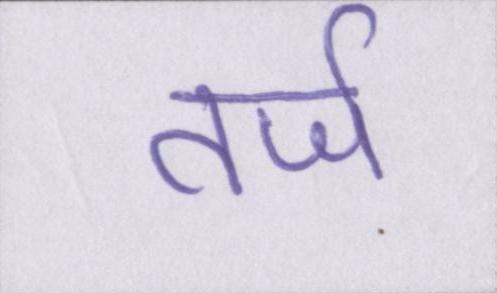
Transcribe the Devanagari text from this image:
तर्ज